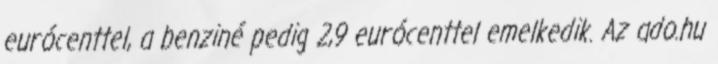
eurócenttel, a benziné pedig 2,9 eurócenttel emelkedik. Az ado.hu